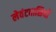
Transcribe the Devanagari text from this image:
लेवंटवासियों